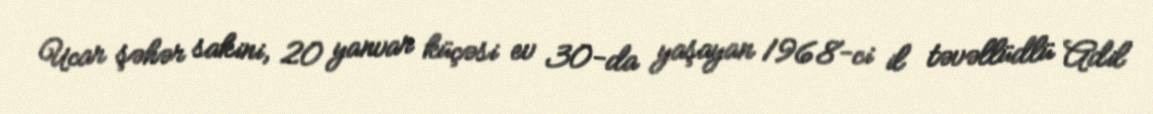
Ucar şəhər sakini, 20 yanvar küçəsi ev 30-da yaşayan 1968-ci il təvəllüdlü Adil